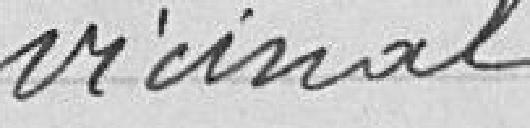
vicinal.